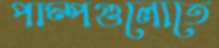
পাম্পগুলোতে